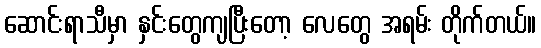
ဆောင်းရာသီမှာ နှင်းတွေကျပြီးတော့ လေတွေ အရမ်း တိုက်တယ်။